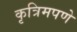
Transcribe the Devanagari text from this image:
कृत्रिमपणे